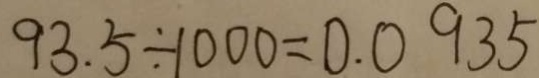
9 3 . 5 \div 1 0 0 0 = 0 . 0 9 3 5